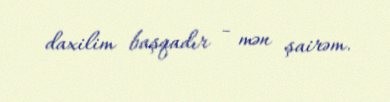
daxilim başqadır - mən şairəm.